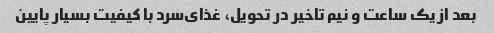
بعد از یک ساعت و نیم تاخیر در تحویل، غذای‌سرد با کیفیت بسیار پایین